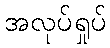
အလုပ်ရှုပ်